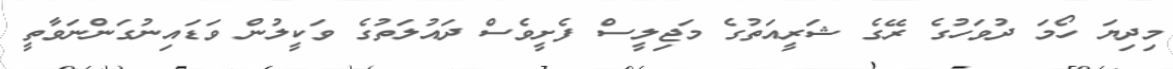
މިދިޔަ ހޯމަ ދުވަހުގެ ރޭގެ ޝަރީއަތުގެ މަޖިލީސް ފެށީވެސް ދައުލަތުގެ ވަކީލުން ވަޑައިނުގަންނަވާތީ